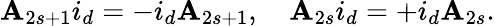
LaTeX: \mathbf{A}_{2s+1}i_{d}=-i_{d}\mathbf{A}_{2s+1},\quad\mathbf{A}_{2s}i_{d}=+i_{d}\mathbf{A}_{2s}.